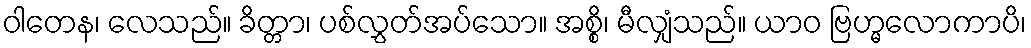
ဝါတေန၊ လေသည်။ ခိတ္တာ၊ ပစ်လွှတ်အပ်သော။ အစ္စိ၊ မီလျှံသည်။ ယာဝ ဗြဟ္မလောကာပိ၊